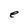
Character: e